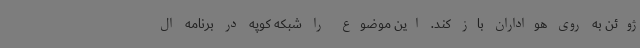
ژوئن به روی هواداران باز کند. این موضوع را شبکه کوپه در برنامه ال